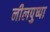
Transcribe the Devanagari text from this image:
नीलपुष्पा